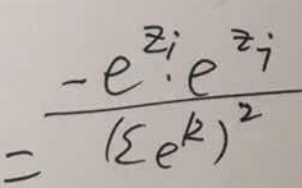
\[
= \frac{-e^{z_i}e^{z_j}}{(\sum e^{k})^2}
\]